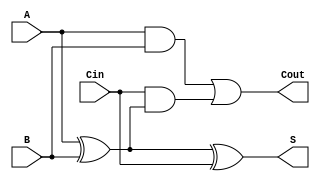
module async_full_adder (
    input wire A,    // First bit input
    input wire B,    // Second bit input
    input wire Cin,  // Carry-in input
    output wire S,   // Sum output
    output wire Cout  // Carry-out output
);

    // Intermediate signals
    wire AxorB;      // Intermediate result of A XOR B
    wire A_and_B;    // A AND B
    wire Cin_and_AxorB; // Cin AND (A XOR B)

    // Compute the intermediate XOR for sum
    assign AxorB = A ^ B;          // A XOR B
    assign S = AxorB ^ Cin;        // S = (A XOR B) XOR Cin

    // Compute the carry-out
    assign A_and_B = A & B;        // A AND B
    assign Cin_and_AxorB = Cin & AxorB; // Cin AND (A XOR B)
    assign Cout = A_and_B | Cin_and_AxorB; // Cout = (A AND B) OR (Cin AND (A XOR B))

endmodule